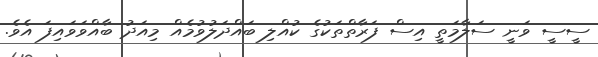
ސީސީ ވަނީ ސަލާމަތީ އިސް ފަރާތްތަކުގެ ކުއްލި ބައްދަލުވުމެއް މިއަދު ބާއްވަވައިފަ އެވެ.